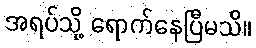
အရပ်သို့ ရောက်နေပြီမသိ။